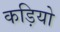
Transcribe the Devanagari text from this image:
कड़ियो